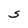
Character: s